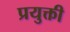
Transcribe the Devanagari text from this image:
प्रयुक्ती